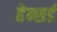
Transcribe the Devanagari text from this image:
हेन्सर्ड